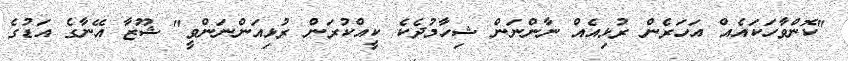
"ކޮންވާހަކައެއް އަހަރެން ރުޅިއެއް ނާންނަން ޝިހާމުދެކެ ކީއްކުރަން ރުޅިއަންނަންވީ" ޝޫޒާ އޭނާގެ އަޑުގެ